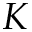
K